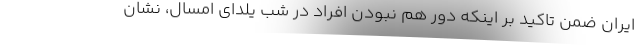
ایران ضمن تاکید بر اینکه دور هم نبودن افراد در شب یلدای امسال، نشان